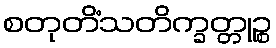
စတုတိံသတိက္ခတ္တုဉ္စ